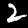
Digit: 2